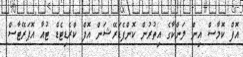
އޮފް ކޮމާސް އިން ލަންކާގެ އިތުރުން ކޮންފެޑަރޭޝަން އޮފް ކްރެޑިޓެޑް ޓުއާ އޮޕަރޭޓާސް